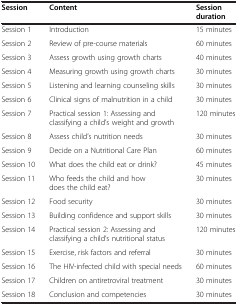
<table><thead><tr><td><b>Session</b></td><td><b>Content</b></td><td><b>Session duration</b></td></tr></thead><tbody><tr><td>Session 1</td><td>Introduction</td><td>15 minutes</td></tr><tr><td>Session 2</td><td>Review of pre-course materials</td><td>60 minutes</td></tr><tr><td>Session 3</td><td>Assess growth using growth charts</td><td>40 minutes</td></tr><tr><td>Session 4</td><td>Measuring growth using growth charts</td><td>30 minutes</td></tr><tr><td>Session 5</td><td>Listening and learning counseling skills</td><td>30 minutes</td></tr><tr><td>Session 6</td><td>Clinical signs of malnutrition in a child</td><td>30 minutes</td></tr><tr><td>Session 7</td><td>Practical session 1: Assessing and classifying a child’s weight and growth</td><td>120 minutes</td></tr><tr><td>Session 8</td><td>Assess child’s nutrition needs</td><td>30 minutes</td></tr><tr><td>Session 9</td><td>Decide on a Nutritional Care Plan</td><td>60 minutes</td></tr><tr><td>Session 10</td><td>What does the child eat or drink?</td><td>45 minutes</td></tr><tr><td>Session 11</td><td>Who feeds the child and how does the child eat?</td><td>30 minutes</td></tr><tr><td>Session 12</td><td>Food security</td><td>30 minutes</td></tr><tr><td>Session 13</td><td>Building confidence and support skills</td><td>30 minutes</td></tr><tr><td>Session 14</td><td>Practical session 2: Assessing and classifying a child’s nutritional status</td><td>120 minutes</td></tr><tr><td>Session 15</td><td>Exercise, risk factors and referral</td><td>30 minutes</td></tr><tr><td>Session 16</td><td>The HIV-infected child with special needs</td><td>60 minutes</td></tr><tr><td>Session 17</td><td>Children on antiretroviral treatment</td><td>30 minutes</td></tr><tr><td>Session 18</td><td>Conclusion and competencies</td><td>30 minutes</td></tr></tbody></table>